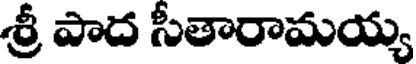
శ్రీ పాద సీతారామయ్య